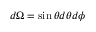
d \Omega = \sin \theta d \theta d \phi